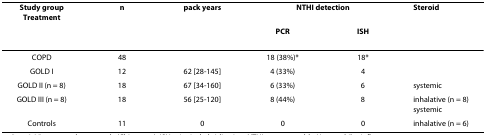
| Study group Treatment | n | pack years | <COLSPAN=2> NTHI detection | Steroid |
 |  |  |  | PCR | ISH |  |
 | --- | --- | --- | --- | --- | --- |
 | COPD | 48 |  | 18 (38%)* | 18* |  |
 | GOLD I | 12 | 62 [28-145] | 4 (33%) | 4 |  |
 | GOLD II (n = 8) | 18 | 67 [34-160] | 6 (33%) | 6 | systemic |
 | GOLD III (n = 8) | 18 | 56 [25-120] | 8 (44%) | 8 | inhalative (n = 8) systemic |
 | Controls | 11 | 0 | 0 | 0 | inhalative (n = 6) |